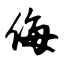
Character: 侮